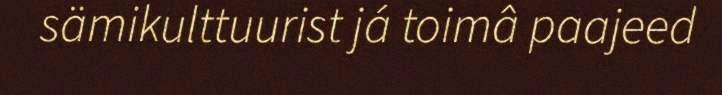
sämikulttuurist já toimâ paajeed